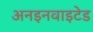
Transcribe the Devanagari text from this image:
अनइनवाइटेड